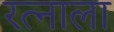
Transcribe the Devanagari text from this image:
रत्‍नाला